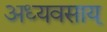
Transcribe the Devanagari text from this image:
अध्यवसाय्